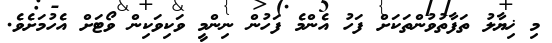
މި ޚިޔާލު ތަފާތުވުންތަކަށް ފަހު އެންމެ ފަހުން ނިންމީ ވަކިވަކިން ވޯޓަށް އެހުމަށެވެ.